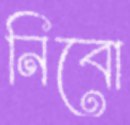
নিবো